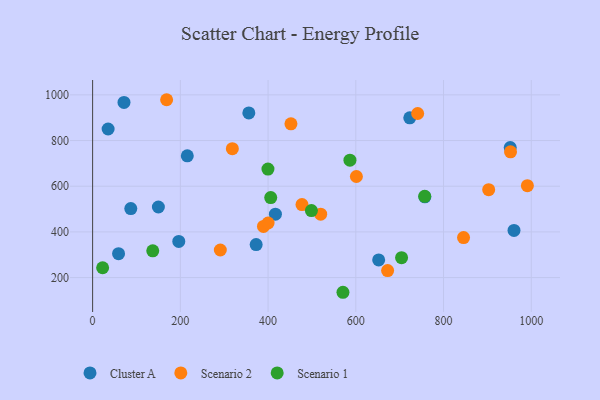
{"axis": {"x": "Price", "y": "Exam Score"}, "legend": ["Cluster A", "Scenario 1", "Scenario 2"], "data": [{"x": "215.8", "y": 733.0, "type": "Cluster A"}, {"x": "71.5", "y": 967.0, "type": "Cluster A"}, {"x": "652.1", "y": 277.4, "type": "Cluster A"}, {"x": "757.4", "y": 553.7, "type": "Cluster A"}, {"x": "356.1", "y": 920.9, "type": "Cluster A"}, {"x": "87.0", "y": 502.1, "type": "Cluster A"}, {"x": "416.7", "y": 477.8, "type": "Cluster A"}, {"x": "960.6", "y": 406.6, "type": "Cluster A"}, {"x": "952.0", "y": 769.3, "type": "Cluster A"}, {"x": "196.4", "y": 358.4, "type": "Cluster A"}, {"x": "723.0", "y": 899.3, "type": "Cluster A"}, {"x": "372.8", "y": 344.5, "type": "Cluster A"}, {"x": "59.1", "y": 304.5, "type": "Cluster A"}, {"x": "149.9", "y": 509.1, "type": "Cluster A"}, {"x": "35.3", "y": 850.6, "type": "Cluster A"}, {"x": "952.7", "y": 750.7, "type": "Scenario 2"}, {"x": "845.6", "y": 375.0, "type": "Scenario 2"}, {"x": "902.9", "y": 584.9, "type": "Scenario 2"}, {"x": "291.1", "y": 320.8, "type": "Scenario 2"}, {"x": "452.1", "y": 873.1, "type": "Scenario 2"}, {"x": "601.3", "y": 642.5, "type": "Scenario 2"}, {"x": "477.3", "y": 519.5, "type": "Scenario 2"}, {"x": "519.9", "y": 477.7, "type": "Scenario 2"}, {"x": "741.0", "y": 918.4, "type": "Scenario 2"}, {"x": "389.5", "y": 424.2, "type": "Scenario 2"}, {"x": "991.1", "y": 602.4, "type": "Scenario 2"}, {"x": "400.0", "y": 438.9, "type": "Scenario 2"}, {"x": "168.7", "y": 978.7, "type": "Scenario 2"}, {"x": "672.5", "y": 230.7, "type": "Scenario 2"}, {"x": "318.5", "y": 764.6, "type": "Scenario 2"}, {"x": "399.7", "y": 675.1, "type": "Scenario 1"}, {"x": "586.6", "y": 714.0, "type": "Scenario 1"}, {"x": "406.0", "y": 550.3, "type": "Scenario 1"}, {"x": "570.7", "y": 135.7, "type": "Scenario 1"}, {"x": "757.0", "y": 555.9, "type": "Scenario 1"}, {"x": "498.8", "y": 493.5, "type": "Scenario 1"}, {"x": "22.8", "y": 243.1, "type": "Scenario 1"}, {"x": "704.3", "y": 287.0, "type": "Scenario 1"}, {"x": "137.1", "y": 317.1, "type": "Scenario 1"}]}